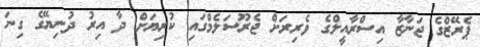
ޕެރޭޒްގެ ޖަނާޒާ އިސްރާއީލްގެ ވެރިރަށް ޖެރޫސަލެމްގައި ކުރިޔަށް ދާ އިރު ދުނިޔޭގެ ގިނަ